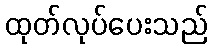
ထုတ်လုပ်ပေးသည်